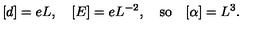
[ d ] = e L , \quad [ E ] = e L ^ { - 2 } , \quad \mathrm { s o } \quad [ \alpha ] = L ^ { 3 } .